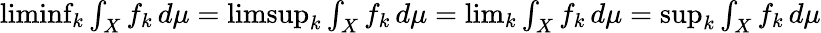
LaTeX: \textstyle\operatorname*{liminf}_{k}\int_{X}f_{k}\, d\mu=\textstyle\operatorname*{limsup}_{k}\int_{X}f_{k}\, d\mu=\operatorname*{lim}_{k}\int_{X}f_{k}\, d\mu=\operatorname*{sup}_{k}\int_{X}f_{k}\, d\mu